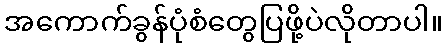
အကောက်ခွန်ပုံစံတွေပြဖို့ပဲလိုတာပါ။